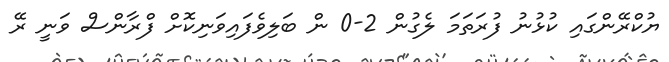
ޔުކްރޭންގައި ކުޅުނު ފުރަތަމަ ލެގުން 2-0 ން ބަލިވެފައިވަނިކޮށް ފްރާންސް ވަނީ ރޭ